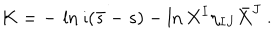
LaTeX: K = - \, \ln \imath ( \bar { s } - s ) - \ln { X ^ { I } \eta _ { I J } \bar { X } ^ { J } } \ .